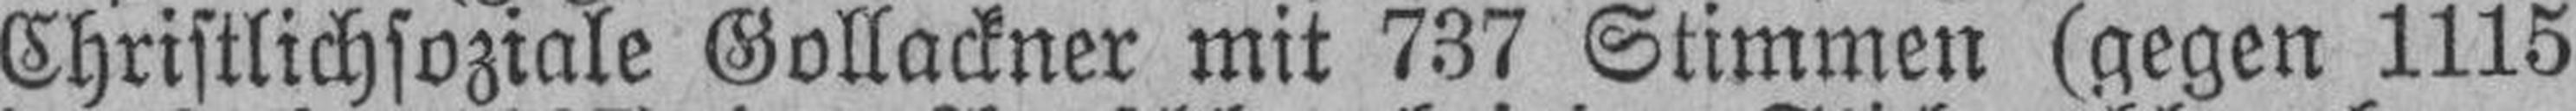
Christlichsoziale Gollackner mit 737 Stimmen (gegen 1115